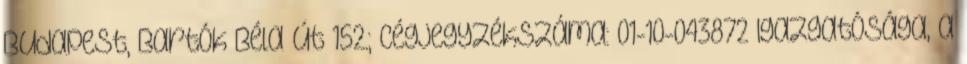
Budapest, Bartók Béla út 152.; cégjegyzékszáma: 01-10-043872 Igazgatósága, a